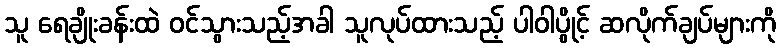
သူ ရေချိုးခန်းထဲ ဝင်သွားသည့်အခါ သူလုပ်ထားသည့် ပါဝါပွိုင့် ဆလိုက်ချပ်များကို